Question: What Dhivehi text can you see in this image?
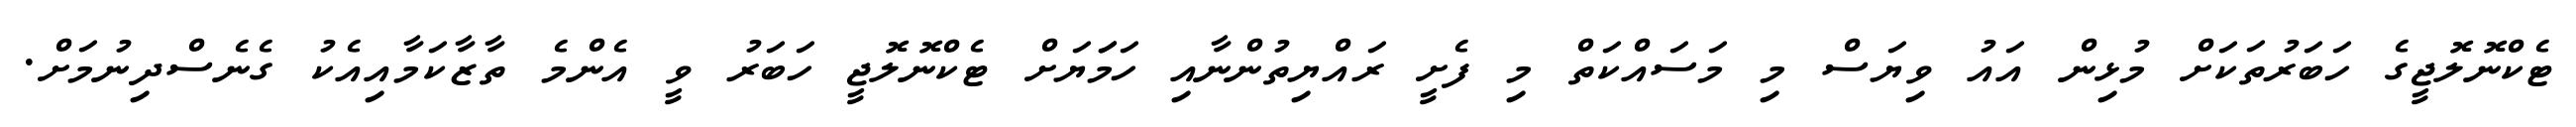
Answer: ޓެކްނޮލޮޖީގެ ހަބަރުތަކަށް މުޅިން އައު ވިޔަސް މި މަސައްކަތް މި ފެށީ ރައްޔިތުންނާއި ހަމަަޔަށް ޓެކްނޮލޮޖީ ހަބަރު ވީ އެންމެ ތާޒާކަމާއިއެކު ގެނެސްދިނުމަށް.